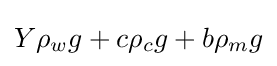
Y\rho _{w}g+c\rho _{c}g+b\rho _{m}g